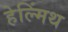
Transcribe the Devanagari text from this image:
हेल्मिंथ